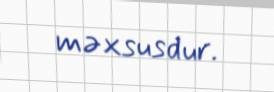
məxsusdur.